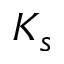
K _ { s }